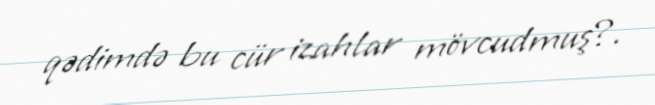
qədimdə bu cür izahlar mövcudmuş?.